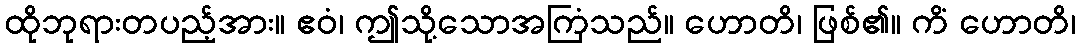
ထိုဘုရားတပည့်အား။ ဧဝံ၊ ဤသို့သောအကြံသည်။ ဟောတိ၊ ဖြစ်၏။ ကိံ ဟောတိ၊